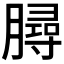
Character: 𣎟